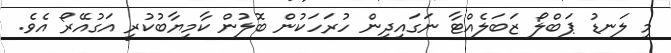
މި ލަނޑު ޕަބްލޯ ޒަބަލެއްޓާ ނަގައިދިން ހުރަހަކުން ބޮލުން ކާމިޔާބުކުރީ އަގުއޭރޯ އެވެ.